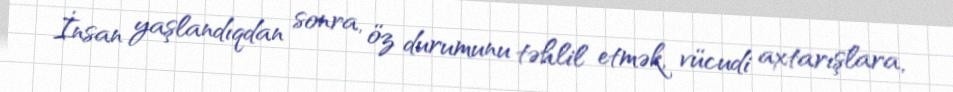
İnsan yaşlandıqdan sonra, öz durumunu təhlil etmək, vücudi axtarışlara,